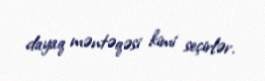
dayaq məntəqəsi kimi seçirlər.